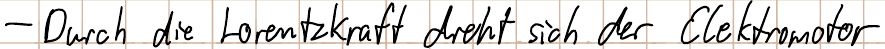
- Durch die Lorentzkraft dreht sich der Elektromotor